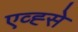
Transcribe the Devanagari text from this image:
एव्ह्से